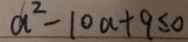
a ^ { 2 } - 1 0 a + 9 \leq 0